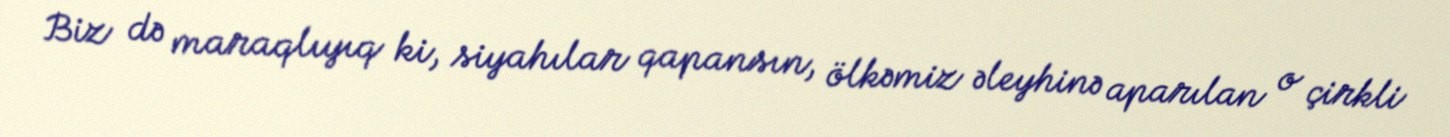
Biz də maraqlıyıq ki, siyahılar qapansın, ölkəmiz əleyhinə aparılan o çirkli